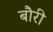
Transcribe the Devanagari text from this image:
बौरी